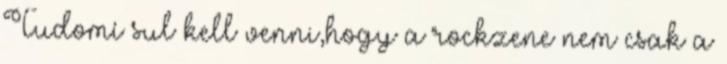
Tudomí sul kell venni,hogy a rockzene nem csak a